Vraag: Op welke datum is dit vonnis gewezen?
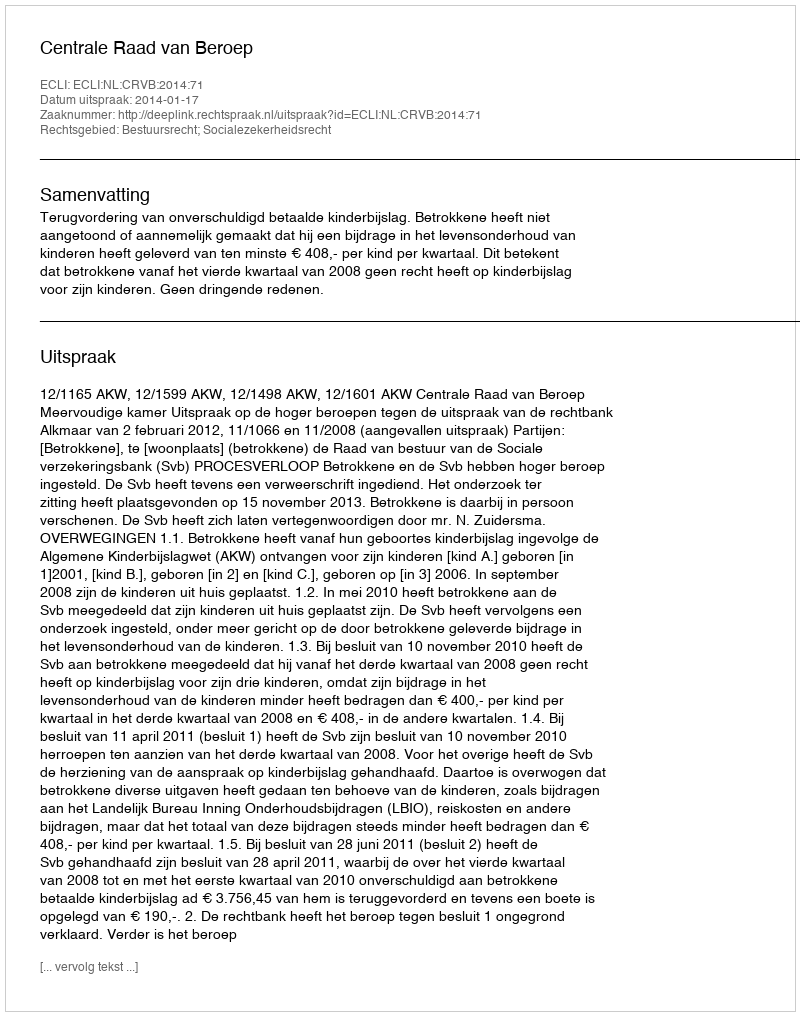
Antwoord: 2014-01-17